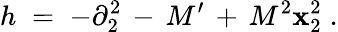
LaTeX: h\; =\; -\partial_{2}^{2}\, -\, M^{\prime}\, +\, M^{2}\mathbf{x}_{2}^{2}\; .